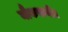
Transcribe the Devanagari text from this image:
नौकरानी।